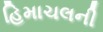
હિમાચલની